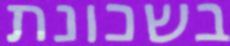
בשכונת